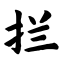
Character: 拦